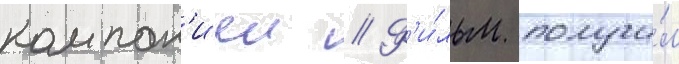
компан'иеи // Ф'и́льм получи́л